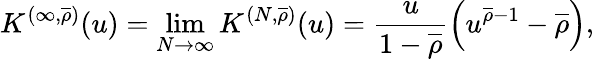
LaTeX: K^{(\infty,\overline{{\rho}})}(u)=\operatorname*{lim}_{N\to\infty}{K^{(N,\overline{{\rho}})}(u)}=\frac{u}{1-\overline{{\rho}}}\left(u^{\overline{{\rho}}-1}-\overline{{\rho}}\right),